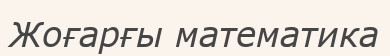
Жоғарғы математика